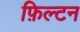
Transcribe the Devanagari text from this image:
फ़िल्टन